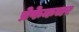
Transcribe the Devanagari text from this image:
प्रेफेकचर